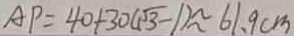
A P = 4 0 + 3 0 ( \sqrt { 3 } - 1 ) \approx 6 1 . 9 c m